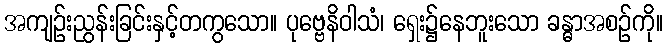
အကျဉ်းညွန်းခြင်းနှင့်တကွသော။ ပုဗ္ဗေနိဝါသံ၊ ရှေး၌နေဘူးသော ခန္ဓာအစဉ်ကို။